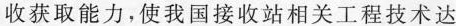
收获取能力，使我国接收站相关工程技术达